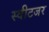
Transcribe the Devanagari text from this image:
स्वीटजर